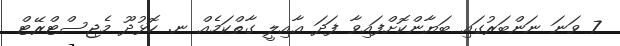
7 ވަނަ ނަންބަރުގައި ބަޔާންކޮށްފައިވާ ފަދަ ޢާއިލީ ގާތްކަމެއް ނ. ހޮޅުދޫ މެޖިސްޓްރޭޓް